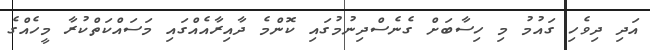
އަދި ދިވެހި ގައުމު މި ހިސާބަށް ގެނެސްދިނުމުގައި ކޮންމެ ދާއިރާއެއްގައި މަސައްކަތްކުރާ މީހެއްގެ